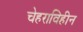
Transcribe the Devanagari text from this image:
चेहराविहीन